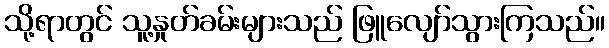
သို့ရာတွင် သူ့နှုတ်ခမ်းများသည် ဖြူလျော်သွားကြသည်။